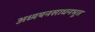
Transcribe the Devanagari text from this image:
अध्ययनसाधनभूत